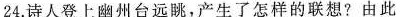
24.诗人登上幽州台远眺，产生了怎样的联想?由此